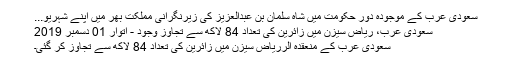
سعودی عرب کے موجودہ دور حکومت میں شاہ سلمان بن عبدالعزیز کی زیرنگرانی مملکت بھر میں اپنے شہریو...
سعودی عرب، ریاض سیزن میں زائرین کی تعداد 84 لاکھ سے تجاوز وجود - اتوار 01 دسمبر 2019
سعودی عرب کے منعقدہ الرریاض سیزن میں زائرین کی تعداد 84 لاکھ سے تجاوز کر گئی۔